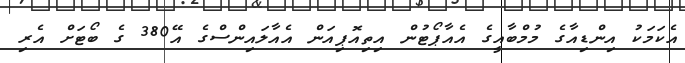
އެކަމަކު އިންޑިއާގެ މުމްބާއީގެ އެއާޕޯޓުން އިތިއޮޕިއަން އެއާލައިންސްގެ އޭ380 ގެ ބޯޓަށް އެރި